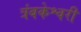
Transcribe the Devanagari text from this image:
त्रंबकेश्वरी